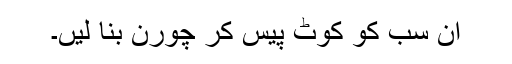
ان سب کو کوٹ پیس کر چورن بنا لیں۔